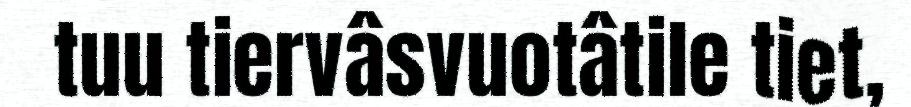
tuu tiervâsvuotâtile tiet,